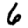
Digit: 6